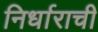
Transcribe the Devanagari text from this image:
निर्धाराची